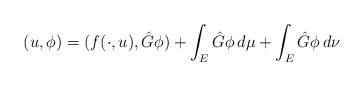
\begin{align*}(u,\phi)=(f(\cdot,u),\hat G\phi)+\int_E \hat G\phi \,d\mu+\int_E\hat G\phi\,d\nu\end{align*}